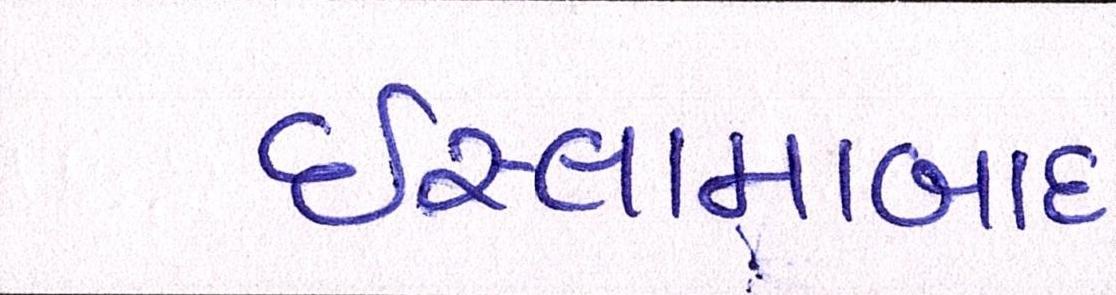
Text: ઇસ્લામાબાદ